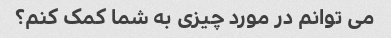
می توانم در مورد چیزی به شما کمک کنم؟